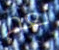
نعم